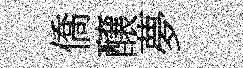
僑醸夢